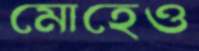
মোহেও